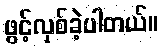
ဖွင့်လှစ်ခဲ့ပါတယ်။